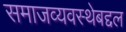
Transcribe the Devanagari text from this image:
समाजव्यवस्थेबद्दल